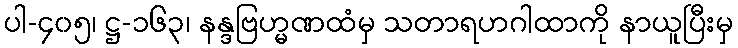
ပါ-၄၀၅၊ ဋ္ဌ-၁၆၃၊ နန္ဒဗြဟ္မဏထံမှ သတာရဟဂါထာကို နာယူပြီးမှ